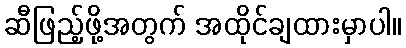
ဆီဖြည့်ဖို့အတွက် အထိုင်ချထားမှာပါ။